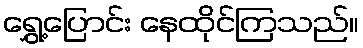
ရွှေ့ပြောင်း နေထိုင်ကြသည်။